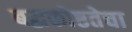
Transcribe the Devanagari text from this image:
बद्धकोष्ठतेचा